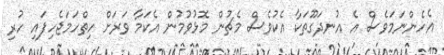
އެހެންނަމަވެސް އެ އުނދަގޫތަކާ އެކުވެސް މެޗުން މޮޅުވުމުން އެކަމާ ވަރަށް ހިތްހަމަޖެހިފައި ހުރި